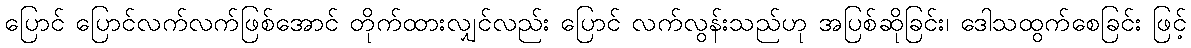
ပြောင် ပြောင်လက်လက်ဖြစ်အောင် တိုက်ထားလျှင်လည်း ပြောင် လက်လွန်းသည်ဟု အပြစ်ဆိုခြင်း၊ ဒေါသထွက်စေခြင်း ဖြင့်